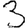
Digit: 3